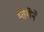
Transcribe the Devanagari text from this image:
तियेने